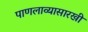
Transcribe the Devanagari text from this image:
पाणलाव्यासारखी